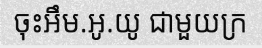
ចុះអឹម.អូ.យូ ជាមួយក្រ